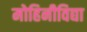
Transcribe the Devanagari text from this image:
मोहिनीविद्या